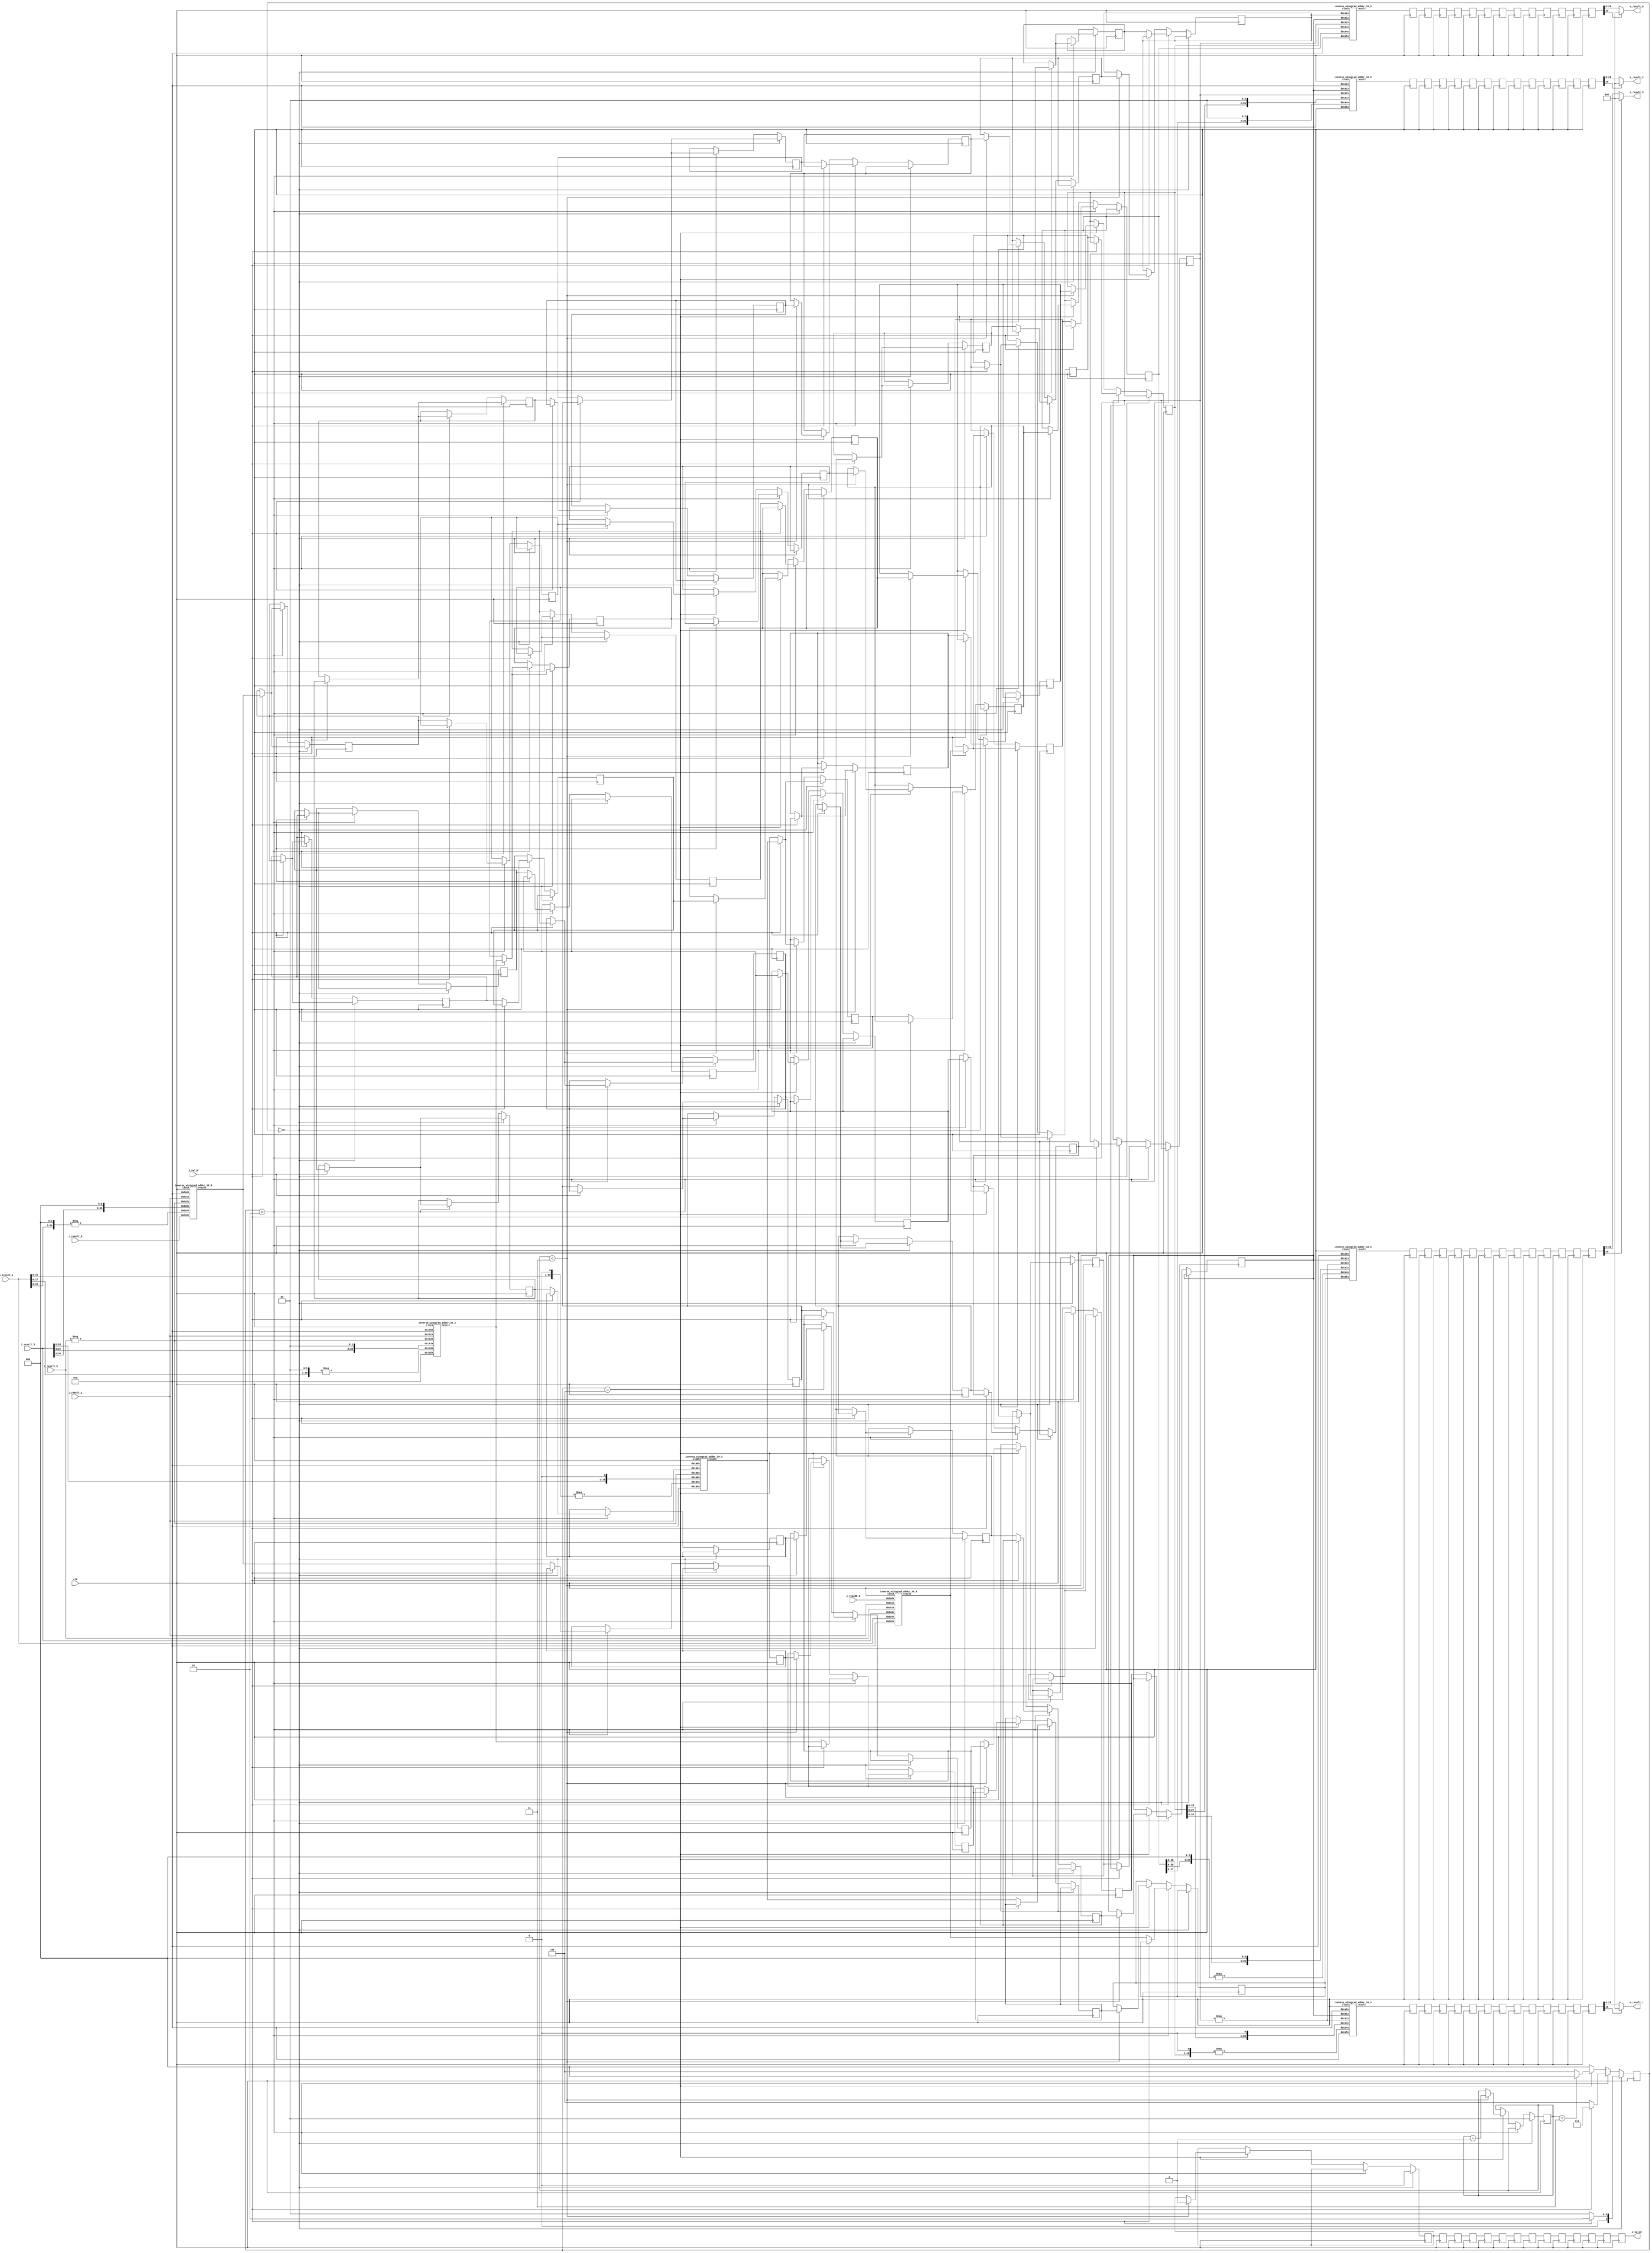
`define SIMULATION_MEMORY

module inverse_winograd_3 (
	input clk,
	input i_valid,
	input [29:0] i_result_0,
	input [29:0] i_result_1,
	input [29:0] i_result_2,
	input [29:0] i_result_3,
	input [29:0] i_result_4,
	input [29:0] i_result_5,
	output [15:0] o_result_0,
	output [15:0] o_result_1,
	output [15:0] o_result_2,
	output [15:0] o_result_3,
	output o_valid
);

reg [2:0] state, next_state;
wire [29:0] adders_res_0_0;
reg [29:0] serialize_reg_0_0;
reg [29:0] adders_res_0_1;
reg [29:0] serialize_reg_0_1;
reg [29:0] adders_res_0_2;
reg [29:0] serialize_reg_0_2;
reg [29:0] adders_res_0_3;
reg [29:0] serialize_reg_0_3;
reg [29:0] adders_res_0_4;
reg [29:0] serialize_reg_0_4;
reg [29:0] adders_res_0_5;
reg [29:0] serialize_reg_0_5;
wire [29:0] adders_res_1_0;
reg [29:0] serialize_reg_1_0;
reg [29:0] adders_res_1_1;
reg [29:0] serialize_reg_1_1;
reg [29:0] adders_res_1_2;
reg [29:0] serialize_reg_1_2;
reg [29:0] adders_res_1_3;
reg [29:0] serialize_reg_1_3;
reg [29:0] adders_res_1_4;
reg [29:0] serialize_reg_1_4;
reg [29:0] adders_res_1_5;
reg [29:0] serialize_reg_1_5;
wire [29:0] adders_res_2_0;
reg [29:0] serialize_reg_2_0;
reg [29:0] adders_res_2_1;
reg [29:0] serialize_reg_2_1;
reg [29:0] adders_res_2_2;
reg [29:0] serialize_reg_2_2;
reg [29:0] adders_res_2_3;
reg [29:0] serialize_reg_2_3;
reg [29:0] adders_res_2_4;
reg [29:0] serialize_reg_2_4;
reg [29:0] adders_res_2_5;
reg [29:0] serialize_reg_2_5;
wire [29:0] adders_res_3_0;
reg [29:0] serialize_reg_3_0;
reg [29:0] adders_res_3_1;
reg [29:0] serialize_reg_3_1;
reg [29:0] adders_res_3_2;
reg [29:0] serialize_reg_3_2;
reg [29:0] adders_res_3_3;
reg [29:0] serialize_reg_3_3;
reg [29:0] adders_res_3_4;
reg [29:0] serialize_reg_3_4;
reg [29:0] adders_res_3_5;
reg [29:0] serialize_reg_3_5;

wire [29:0] result_reg_0_0;
wire [29:0] result_reg_0_1;
wire [29:0] result_reg_0_2;
wire [29:0] result_reg_0_3;
reg [29:0] result_reg_1_0;
reg [29:0] result_reg_1_1;
reg [29:0] result_reg_1_2;
reg [29:0] result_reg_1_3;
reg [29:0] result_reg_2_0;
reg [29:0] result_reg_2_1;
reg [29:0] result_reg_2_2;
reg [29:0] result_reg_2_3;
reg [29:0] result_reg_3_0;
reg [29:0] result_reg_3_1;
reg [29:0] result_reg_3_2;
reg [29:0] result_reg_3_3;
reg [29:0] result_reg_4_0;
reg [29:0] result_reg_4_1;
reg [29:0] result_reg_4_2;
reg [29:0] result_reg_4_3;
reg [29:0] result_reg_5_0;
reg [29:0] result_reg_5_1;
reg [29:0] result_reg_5_2;
reg [29:0] result_reg_5_3;
reg [29:0] result_reg_6_0;
reg [29:0] result_reg_6_1;
reg [29:0] result_reg_6_2;
reg [29:0] result_reg_6_3;
reg [29:0] result_reg_7_0;
reg [29:0] result_reg_7_1;
reg [29:0] result_reg_7_2;
reg [29:0] result_reg_7_3;
reg [29:0] result_reg_8_0;
reg [29:0] result_reg_8_1;
reg [29:0] result_reg_8_2;
reg [29:0] result_reg_8_3;
reg [29:0] result_reg_9_0;
reg [29:0] result_reg_9_1;
reg [29:0] result_reg_9_2;
reg [29:0] result_reg_9_3;
reg [29:0] result_reg_10_0;
reg [29:0] result_reg_10_1;
reg [29:0] result_reg_10_2;
reg [29:0] result_reg_10_3;
reg [29:0] result_reg_11_0;
reg [29:0] result_reg_11_1;
reg [29:0] result_reg_11_2;
reg [29:0] result_reg_11_3;
reg [29:0] result_reg_12_0;
reg [29:0] result_reg_12_1;
reg [29:0] result_reg_12_2;
reg [29:0] result_reg_12_3;
reg [29:0] result_reg_13_0;
reg [29:0] result_reg_13_1;
reg [29:0] result_reg_13_2;
reg [29:0] result_reg_13_3;

reg out_valid_0;
reg out_valid_1;
reg out_valid_2;
reg out_valid_3;
reg out_valid_4;
reg out_valid_5;
reg out_valid_6;
reg out_valid_7;
reg out_valid_8;
reg out_valid_9;
reg out_valid_10;
reg out_valid_11;
reg out_valid_12;
reg out_valid_13;
reg [1:0] serialize_count;

always @ (posedge clk) begin
	out_valid_1 <= out_valid_0;
	result_reg_1_0 <= result_reg_0_0;
	result_reg_1_1 <= result_reg_0_1;
	result_reg_1_2 <= result_reg_0_2;
	result_reg_1_3 <= result_reg_0_3;
	out_valid_2 <= out_valid_1;
	result_reg_2_0 <= result_reg_1_0;
	result_reg_2_1 <= result_reg_1_1;
	result_reg_2_2 <= result_reg_1_2;
	result_reg_2_3 <= result_reg_1_3;
	out_valid_3 <= out_valid_2;
	result_reg_3_0 <= result_reg_2_0;
	result_reg_3_1 <= result_reg_2_1;
	result_reg_3_2 <= result_reg_2_2;
	result_reg_3_3 <= result_reg_2_3;
	out_valid_4 <= out_valid_3;
	result_reg_4_0 <= result_reg_3_0;
	result_reg_4_1 <= result_reg_3_1;
	result_reg_4_2 <= result_reg_3_2;
	result_reg_4_3 <= result_reg_3_3;
	out_valid_5 <= out_valid_4;
	result_reg_5_0 <= result_reg_4_0;
	result_reg_5_1 <= result_reg_4_1;
	result_reg_5_2 <= result_reg_4_2;
	result_reg_5_3 <= result_reg_4_3;
	out_valid_6 <= out_valid_5;
	result_reg_6_0 <= result_reg_5_0;
	result_reg_6_1 <= result_reg_5_1;
	result_reg_6_2 <= result_reg_5_2;
	result_reg_6_3 <= result_reg_5_3;
	out_valid_7 <= out_valid_6;
	result_reg_7_0 <= result_reg_6_0;
	result_reg_7_1 <= result_reg_6_1;
	result_reg_7_2 <= result_reg_6_2;
	result_reg_7_3 <= result_reg_6_3;
	out_valid_8 <= out_valid_7;
	result_reg_8_0 <= result_reg_7_0;
	result_reg_8_1 <= result_reg_7_1;
	result_reg_8_2 <= result_reg_7_2;
	result_reg_8_3 <= result_reg_7_3;
	out_valid_9 <= out_valid_8;
	result_reg_9_0 <= result_reg_8_0;
	result_reg_9_1 <= result_reg_8_1;
	result_reg_9_2 <= result_reg_8_2;
	result_reg_9_3 <= result_reg_8_3;
	out_valid_10 <= out_valid_9;
	result_reg_10_0 <= result_reg_9_0;
	result_reg_10_1 <= result_reg_9_1;
	result_reg_10_2 <= result_reg_9_2;
	result_reg_10_3 <= result_reg_9_3;
	out_valid_11 <= out_valid_10;
	result_reg_11_0 <= result_reg_10_0;
	result_reg_11_1 <= result_reg_10_1;
	result_reg_11_2 <= result_reg_10_2;
	result_reg_11_3 <= result_reg_10_3;
	out_valid_12 <= out_valid_11;
	result_reg_12_0 <= result_reg_11_0;
	result_reg_12_1 <= result_reg_11_1;
	result_reg_12_2 <= result_reg_11_2;
	result_reg_12_3 <= result_reg_11_3;
	out_valid_13 <= out_valid_12;
	result_reg_13_0 <= result_reg_12_0;
	result_reg_13_1 <= result_reg_12_1;
	result_reg_13_2 <= result_reg_12_2;
	result_reg_13_3 <= result_reg_12_3;
end

// FSM Combinational Logic
always @ (state or i_valid or serialize_count) begin
	if(state == 3'b000) begin
		if(i_valid == 1'b1)begin
			next_state = 3'b010;
		end else begin
			next_state = 3'b000;
		end
	end else if (state == 3'b010) begin
		if(i_valid == 1'b0) begin
			next_state = 3'b100;
		end else begin
			next_state = 3'b010;
		end
	end else if (state == 3'b100) begin
		if(serialize_count == 3)begin
			next_state = 3'b000;
		end else begin
			next_state = 3'b100;
		end
	end else begin
		next_state = 3'b000;
	end
end

// FSM Sequential Logic
always @ (posedge clk) begin
	if (state == 3'b000) begin
		serialize_count <= 0;
		out_valid_0 <= 0;
		if (i_valid == 1'b1) begin
			adders_res_0_1 <= adders_res_0_0;
			adders_res_1_1 <= adders_res_1_0;
			adders_res_2_1 <= adders_res_2_0;
			adders_res_3_1 <= adders_res_3_0;
			adders_res_0_2 <= adders_res_0_1;
			adders_res_1_2 <= adders_res_1_1;
			adders_res_2_2 <= adders_res_2_1;
			adders_res_3_2 <= adders_res_3_1;
			adders_res_0_3 <= adders_res_0_2;
			adders_res_1_3 <= adders_res_1_2;
			adders_res_2_3 <= adders_res_2_2;
			adders_res_3_3 <= adders_res_3_2;
			adders_res_0_4 <= adders_res_0_3;
			adders_res_1_4 <= adders_res_1_3;
			adders_res_2_4 <= adders_res_2_3;
			adders_res_3_4 <= adders_res_3_3;
			adders_res_0_5 <= adders_res_0_4;
			adders_res_1_5 <= adders_res_1_4;
			adders_res_2_5 <= adders_res_2_4;
			adders_res_3_5 <= adders_res_3_4;
		end
	end else if (state == 3'b010) begin
		if(i_valid == 1'b1) begin
			adders_res_0_1 <= adders_res_0_0;
			adders_res_1_1 <= adders_res_1_0;
			adders_res_2_1 <= adders_res_2_0;
			adders_res_3_1 <= adders_res_3_0;
			adders_res_0_2 <= adders_res_0_1;
			adders_res_1_2 <= adders_res_1_1;
			adders_res_2_2 <= adders_res_2_1;
			adders_res_3_2 <= adders_res_3_1;
			adders_res_0_3 <= adders_res_0_2;
			adders_res_1_3 <= adders_res_1_2;
			adders_res_2_3 <= adders_res_2_2;
			adders_res_3_3 <= adders_res_3_2;
			adders_res_0_4 <= adders_res_0_3;
			adders_res_1_4 <= adders_res_1_3;
			adders_res_2_4 <= adders_res_2_3;
			adders_res_3_4 <= adders_res_3_3;
			adders_res_0_5 <= adders_res_0_4;
			adders_res_1_5 <= adders_res_1_4;
			adders_res_2_5 <= adders_res_2_4;
			adders_res_3_5 <= adders_res_3_4;
		end else begin
			serialize_reg_0_0 <= adders_res_0_0;
			serialize_reg_1_0 <= adders_res_1_0;
			serialize_reg_2_0 <= adders_res_2_0;
			serialize_reg_3_0 <= adders_res_3_0;
			serialize_reg_0_1 <= adders_res_0_1;
			serialize_reg_1_1 <= adders_res_1_1;
			serialize_reg_2_1 <= adders_res_2_1;
			serialize_reg_3_1 <= adders_res_3_1;
			serialize_reg_0_2 <= adders_res_0_2;
			serialize_reg_1_2 <= adders_res_1_2;
			serialize_reg_2_2 <= adders_res_2_2;
			serialize_reg_3_2 <= adders_res_3_2;
			serialize_reg_0_3 <= adders_res_0_3;
			serialize_reg_1_3 <= adders_res_1_3;
			serialize_reg_2_3 <= adders_res_2_3;
			serialize_reg_3_3 <= adders_res_3_3;
			serialize_reg_0_4 <= adders_res_0_4;
			serialize_reg_1_4 <= adders_res_1_4;
			serialize_reg_2_4 <= adders_res_2_4;
			serialize_reg_3_4 <= adders_res_3_4;
			serialize_reg_0_5 <= adders_res_0_5;
			serialize_reg_1_5 <= adders_res_1_5;
			serialize_reg_2_5 <= adders_res_2_5;
			serialize_reg_3_5 <= adders_res_3_5;
		end
	end else if (state == 3'b100) begin
		if (serialize_count < 3) begin
			serialize_reg_0_0 <= serialize_reg_1_0;
			serialize_reg_0_1 <= serialize_reg_1_1;
			serialize_reg_0_2 <= serialize_reg_1_2;
			serialize_reg_0_3 <= serialize_reg_1_3;
			serialize_reg_0_4 <= serialize_reg_1_4;
			serialize_reg_0_5 <= serialize_reg_1_5;
			serialize_reg_1_0 <= serialize_reg_2_0;
			serialize_reg_1_1 <= serialize_reg_2_1;
			serialize_reg_1_2 <= serialize_reg_2_2;
			serialize_reg_1_3 <= serialize_reg_2_3;
			serialize_reg_1_4 <= serialize_reg_2_4;
			serialize_reg_1_5 <= serialize_reg_2_5;
			serialize_reg_2_0 <= serialize_reg_3_0;
			serialize_reg_2_1 <= serialize_reg_3_1;
			serialize_reg_2_2 <= serialize_reg_3_2;
			serialize_reg_2_3 <= serialize_reg_3_3;
			serialize_reg_2_4 <= serialize_reg_3_4;
			serialize_reg_2_5 <= serialize_reg_3_5;
			serialize_count <= serialize_count + 1'b1;
			out_valid_0 <= 1;
		end
	end
	state <=  next_state;
end

// AT Adders
inverse_winograd_adder_30_3 inverse_winograd_adder_30_3_inst_IWA0 (
	.data0x(i_result_0),
	.data1x(i_result_1),
	.data2x(i_result_2),
	.data3x(i_result_3),
	.data4x(i_result_4),
	.data5x({ (30) {1'b0} }),
	.clock(clk),
	.result(adders_res_0_0)
);
wire [29:0] f1, f2;
assign f1 = -i_result_2;
assign f2 = -{i_result_4[28:0], 1'b0};
inverse_winograd_adder_30_3 inverse_winograd_adder_30_3_inst_IWA1 (
	.data0x({ (30){1'b0} }),
	.data1x(i_result_1),
	.data2x(f1),
	.data3x({i_result_3[28:0], 1'b0}),
	.data4x(f2),
	.data5x({ (30){1'b0} }),
	.clock(clk),
	.result(adders_res_1_0)
);
wire [29:0] f3, f4;
assign f3 = -i_result_2;
assign f4 = -{i_result_4[27:0], 2'b00};
inverse_winograd_adder_30_3 inverse_winograd_adder_30_3_inst_IWA2 (
	.data0x({ (30){1'b0} }),
	.data1x(i_result_1),
	.data2x(f3),
	.data3x({i_result_3[27:0], 2'b00}),
	.data4x(f4),
	.data5x({ (30){1'b0} }),
	.clock(clk),
	.result(adders_res_2_0)
);
wire [29:0] f5, f6;
assign f5 = -i_result_2;
assign f6 = -{i_result_4[26:0], 3'b000};
inverse_winograd_adder_30_3 inverse_winograd_adder_30_3_inst_IWA3 (
	.data0x({ (30){1'b0} }),
	.data1x(i_result_1),
	.data2x(f5),
	.data3x({i_result_3[26:0], 3'b000}),
	.data4x(f6),
	.data5x(i_result_5),
	.clock(clk),
	.result(adders_res_3_0)
);

// A Adders
inverse_winograd_adder_30_3 inverse_winograd_adder_30_3_inst_IWAT0 (
	.data0x(serialize_reg_0_5),
	.data1x(serialize_reg_0_4),
	.data2x(serialize_reg_0_3),
	.data3x(serialize_reg_0_2),
	.data4x(serialize_reg_0_1),
	.data5x({ (30) {1'b0} }),
	.clock(clk),
	.result(result_reg_0_0)
);
wire [29:0] f7, f8;
assign f7 = -serialize_reg_0_3;
assign f8 = -{serialize_reg_0_1[28:0], 1'b0};
inverse_winograd_adder_30_3 inverse_winograd_adder_30_3_inst_IWAT1 (
	.data0x({ (30){1'b0} }),
	.data1x(serialize_reg_0_4),
	.data2x(f7),
	.data3x({serialize_reg_0_2[28:0], 1'b0}),
	.data4x(f8),
	.data5x({ (30){1'b0} }),
	.clock(clk),
	.result(result_reg_0_1)
);
inverse_winograd_adder_30_3 inverse_winograd_adder_30_3_inst_IWAT2 (
	.data0x({ (30){1'b0} }),
	.data1x(serialize_reg_0_4),
	.data2x(serialize_reg_0_3),
	.data3x({serialize_reg_0_2[27:0], 2'b00}),
	.data4x({serialize_reg_0_1[27:0], 2'b00}),
	.data5x({ (30){1'b0} }),
	.clock(clk),
	.result(result_reg_0_2)
);
wire [29:0] f9, f10;
assign f9 = -serialize_reg_0_3;
assign f10 = -{serialize_reg_0_1[26:0], 3'b000};
inverse_winograd_adder_30_3 inverse_winograd_adder_30_3_inst_IWAT3 (
	.data0x({ (30){1'b0} }),
	.data1x(serialize_reg_0_4),
	.data2x(f9),
	.data3x({serialize_reg_0_2[26:0], 3'b000}),
	.data4x(f10),
	.data5x(serialize_reg_0_0),
	.clock(clk),
	.result(result_reg_0_3)
);

reg [15:0] result_wire_0;
reg [15:0] result_wire_1;
reg [15:0] result_wire_2;
reg [15:0] result_wire_3;

always @ (*) begin
	if(result_reg_13_0[29] == 1'b0) begin
		result_wire_0 <= result_reg_13_0[23:8];
	end else begin
		result_wire_0 <= { (16){1'b0} };
	end
	if(result_reg_13_1[29] == 1'b0) begin
		result_wire_1 <= result_reg_13_1[23:8];
	end else begin
		result_wire_1 <= { (16){1'b0} };
	end
	if(result_reg_13_2[29] == 1'b0) begin
		result_wire_2 <= result_reg_13_2[23:8];
	end else begin
		result_wire_2 <= { (16){1'b0} };
	end
	if(result_reg_13_3[29] == 1'b0) begin
		result_wire_3 <= result_reg_13_3[23:8];
	end else begin
		result_wire_3 <= { (16){1'b0} };
	end
end

assign o_valid = out_valid_13;
assign o_result_0 = result_wire_0;
assign o_result_1 = result_wire_1;
assign o_result_2 = result_wire_2;
assign o_result_3 = result_wire_3;

endmodule

module inverse_winograd_adder_30_3 (
	input clock,
	input [29:0] data0x,
	input [29:0] data1x,
	input [29:0] data2x,
	input [29:0] data3x,
	input [29:0] data4x,
	input [29:0] data5x,
	output [29:0] result
);

reg [32:0] pipeline_0_0;
reg [32:0] pipeline_0_1;
reg [32:0] pipeline_0_2;
reg [32:0] pipeline_1_0;
reg [32:0] pipeline_1_1;
reg [32:0] pipeline_2_0;

always @ (posedge clock) begin
	pipeline_0_0 <= data0x + data1x;
	pipeline_0_1 <= data2x + data3x;
	pipeline_0_2 <= data4x + data5x;
	pipeline_1_0 <= pipeline_0_0 + pipeline_0_1;
	pipeline_1_1 <= pipeline_0_2;
	pipeline_2_0 <= pipeline_1_0 + pipeline_1_1;
end

assign result = pipeline_2_0;

endmodule